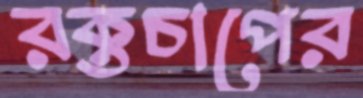
রক্তচাপের